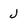
Character: j